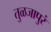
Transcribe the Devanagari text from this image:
तुळजापुरं